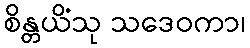
စိန္တယိံသု သဒေဝကာ၊